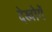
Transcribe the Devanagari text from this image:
देखोगें